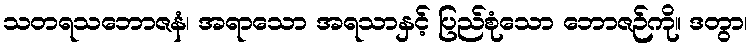
သတရသဘောဇနံ၊ အရာသော အရသာနှင့် ပြည်စုံသော ဘောဇဉ်ကို။ ဒတွာ၊